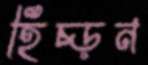
হিঁচ্‌ড়ন